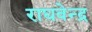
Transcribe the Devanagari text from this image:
राघवेन्‍द्र